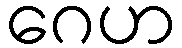
ဂေဟ